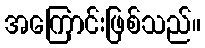
အကြောင်းဖြစ်သည်။